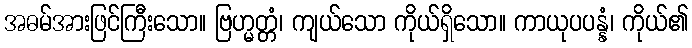
အဓမ်အားဖြင်ကြီးသော။ ဗြဟ္မတ္တံ၊ ကျယ်သော ကိုယ်ရှိသော။ ကာယုပပန္နံ၊ ကိုယ်၏